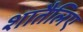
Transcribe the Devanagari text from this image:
शातैलिए